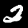
Label: 2